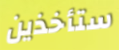
ستأخذين